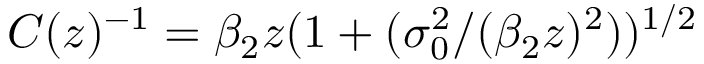
C ( z ) ^ { - 1 } = \beta _ { 2 } z ( 1 + ( \sigma _ { 0 } ^ { 2 } / ( \beta _ { 2 } z ) ^ { 2 } ) ) ^ { 1 / 2 }